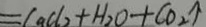
= C a C l _ { 2 } + H _ { 2 } O + C O _ { 2 } \uparrow